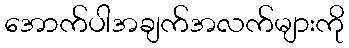
အောက်ပါအချက်အလက်များကို